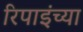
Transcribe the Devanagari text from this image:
रिपाइंच्या